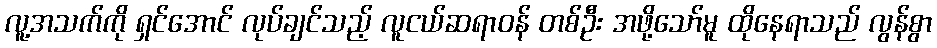
လူ့အသက်ကို ရှင်အောင် လုပ်ချင်သည့် လူငယ်ဆရာဝန် တစ်ဦး အဖို့သော်မူ ထိုနေရာသည် လွန်စွာ